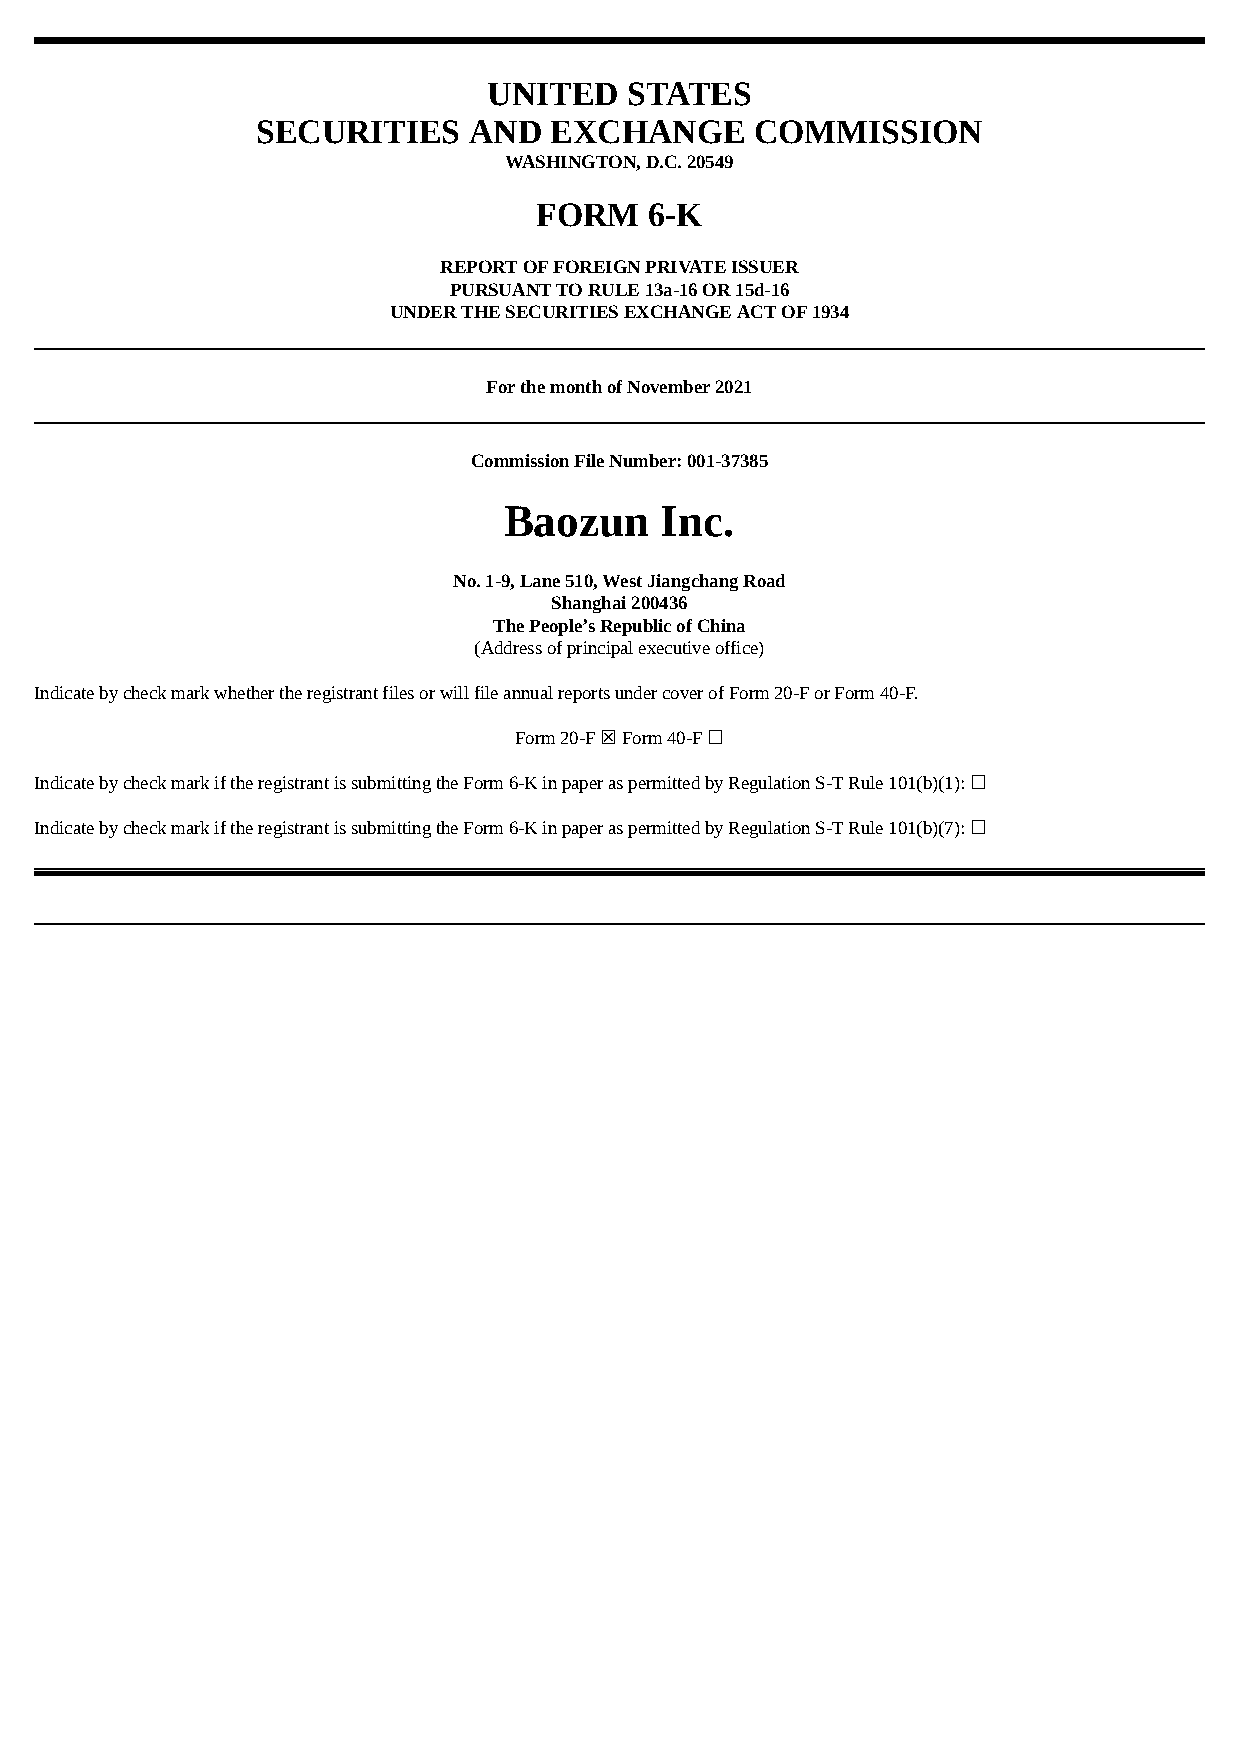
UNITED   STATES
 SECURITIES    AND  EXCHANGE      COMMISSION
 WASHINGTON, D.C. 20549
 FORM   6-K
 REPORT OF FOREIGN PRIVATE ISSUER
 PURSUANT TO RULE 13a-16 OR 15d-16
 UNDER THE SECURITIES EXCHANGE ACT OF 1934
 For the month of November 2021
 Commission File Number: 001-37385
 Baozun     Inc.
 No. 1-9, Lane 510, West Jiangchang Road
 Shanghai 200436
 The People’s Republic of China
 (Address of principal executive office)
 Indicate by check mark whether the registrant files or will file annual reports under cover of Form 20-F or Form 40-F.
 Form 20-F ☒ Form 40-F ☐
 Indicate by check mark if the registrant is submitting the Form 6-K in paper as permitted by Regulation S-T Rule 101(b)(1): ☐
 Indicate by check mark if the registrant is submitting the Form 6-K in paper as permitted by Regulation S-T Rule 101(b)(7): ☐